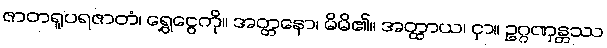
ဇာတရူပရဇာတံ၊ ရွှေငွေကို။ အတ္တနော၊ မိမိ၏။ အတ္ထာယ၊ ငှာ။ ဥဂ္ဂဏှန္တဿ